Indian journal of veterinary science and animal husbandry - Volume 5,
Year: 1935
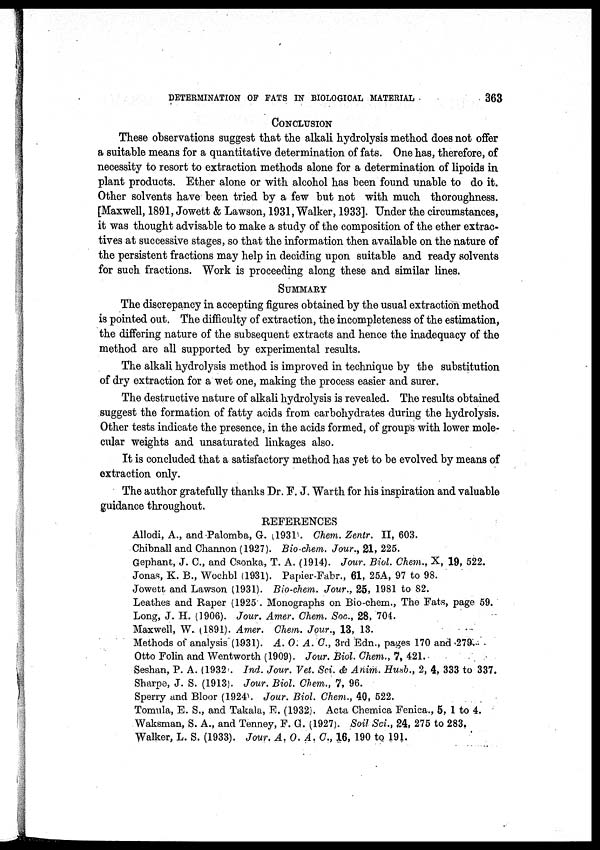
DETERMINATION OF FATS IN BIOLOGICAL MATERIAL
363
CONCLUSION
These observations suggest that the alkali hydrolysis method does not offer
a suitable means for a quantitative determination of fats. One has, therefore, of
necessity to resort to extraction methods alone for a determination of lipoids in
plant products. Ether alone or with alcohol has been found unable to do it.
Other solvents have been tried by a few but not with much thoroughness.
[Maxwell, 1891, Jowett & Lawson, 1931, Walker, 1933]. Under the circumstances,
it was thought advisable to make a study of the composition of the ether extrac-
tives at successive stages, so that the information then available on the nature of
the persistent fractions may help in deciding upon suitable and ready solvents
for such fractions. Work is proceeding along these and similar lines.
SUMMARY
The discrepancy in accepting figures obtained by the usual extraction method
is pointed out. The difficulty of extraction, the incompleteness of the estimation,
the differing nature of the subsequent extracts and hence the inadequacy of the
method are all supported by experimental results.
The alkali hydrolysis method is improved in technique by the substitution
of dry extraction for a wet one, making the process easier and surer.
The destructive nature of alkali hydrolysis is revealed. The results obtained
suggest the formation of fatty acids from carbohydrates during the hydrolysis.
Other tests indicate the presence, in the acids formed, of groups with lower mole-
cular weights and unsaturated linkages also.
It is concluded that a satisfactory method has yet to be evolved by means of
extraction only.
The author gratefully thanks Dr. F. J. Warth for his inspiration and valuable
guidance throughout.
REFERENCES
Allodi, A., and Palomba, G. (1931). Chem. Zentr. II, 603.
Chibnall and Channon (1927). Bio-chem. Jour., 21, 225.
Gephant, J. C., and Csonka, T. A. (1914). Jour. Biol. Chem., X, 19, 522.
Jonas, K. B., Wochbl (1931). Papier-Fabr., 61, 25A, 97 to 98.
Jowett and Lawson (1931). Bio-chem. Jour., 25, 1981 to 82.
Leathes and Raper (1925). Monographs on Bio-chem., The Fats, page 59.
Long, J. H. (1906). Jour. Amer. Chem. Soc., 28, 704.
Maxwell, W. (1891). Amer. Chem. Jour., 13, 13.
Methods of analysis (1931). A. O. A. C., 3rd Edn., pages 170 and 279.
Otto Folin and Wentworth (1909). Jour. Biol. Chem., 7, 421.
Seshan, P. A. (1932). Ind. Jour. Vet. Sci. & Anim. Husb., 2, 4, 333 to 337.
Sharpe, J. S. (1913). Jour. Biol. Chem., 7, 96.
Sperry and Bloor (1924). Jour. Biol. Chem., 40, 522.
Tomula, E. S., and Takala, E. (1932). Acta Chemica Fenica., 5, 1 to 4.
Waksman, S. A., and Tenney, F. G. (1927). Soil Sci., 24, 275 to 283.
Walker, L. S. (1933). Jour. A. O. A. C, 16, 190 to 191.